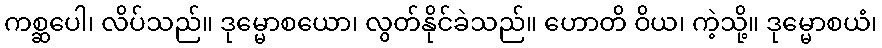
ကစ္ဆပေါ၊ လိပ်သည်။ ဒုမ္မောစယော၊ လွတ်နိုင်ခဲသည်။ ဟောတိ ဝိယ၊ ကဲ့သို့။ ဒုမ္မောစယံ၊